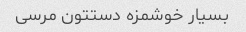
بسیار خوشمزه دستتون مرسی